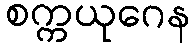
စက္ကယုဂေန